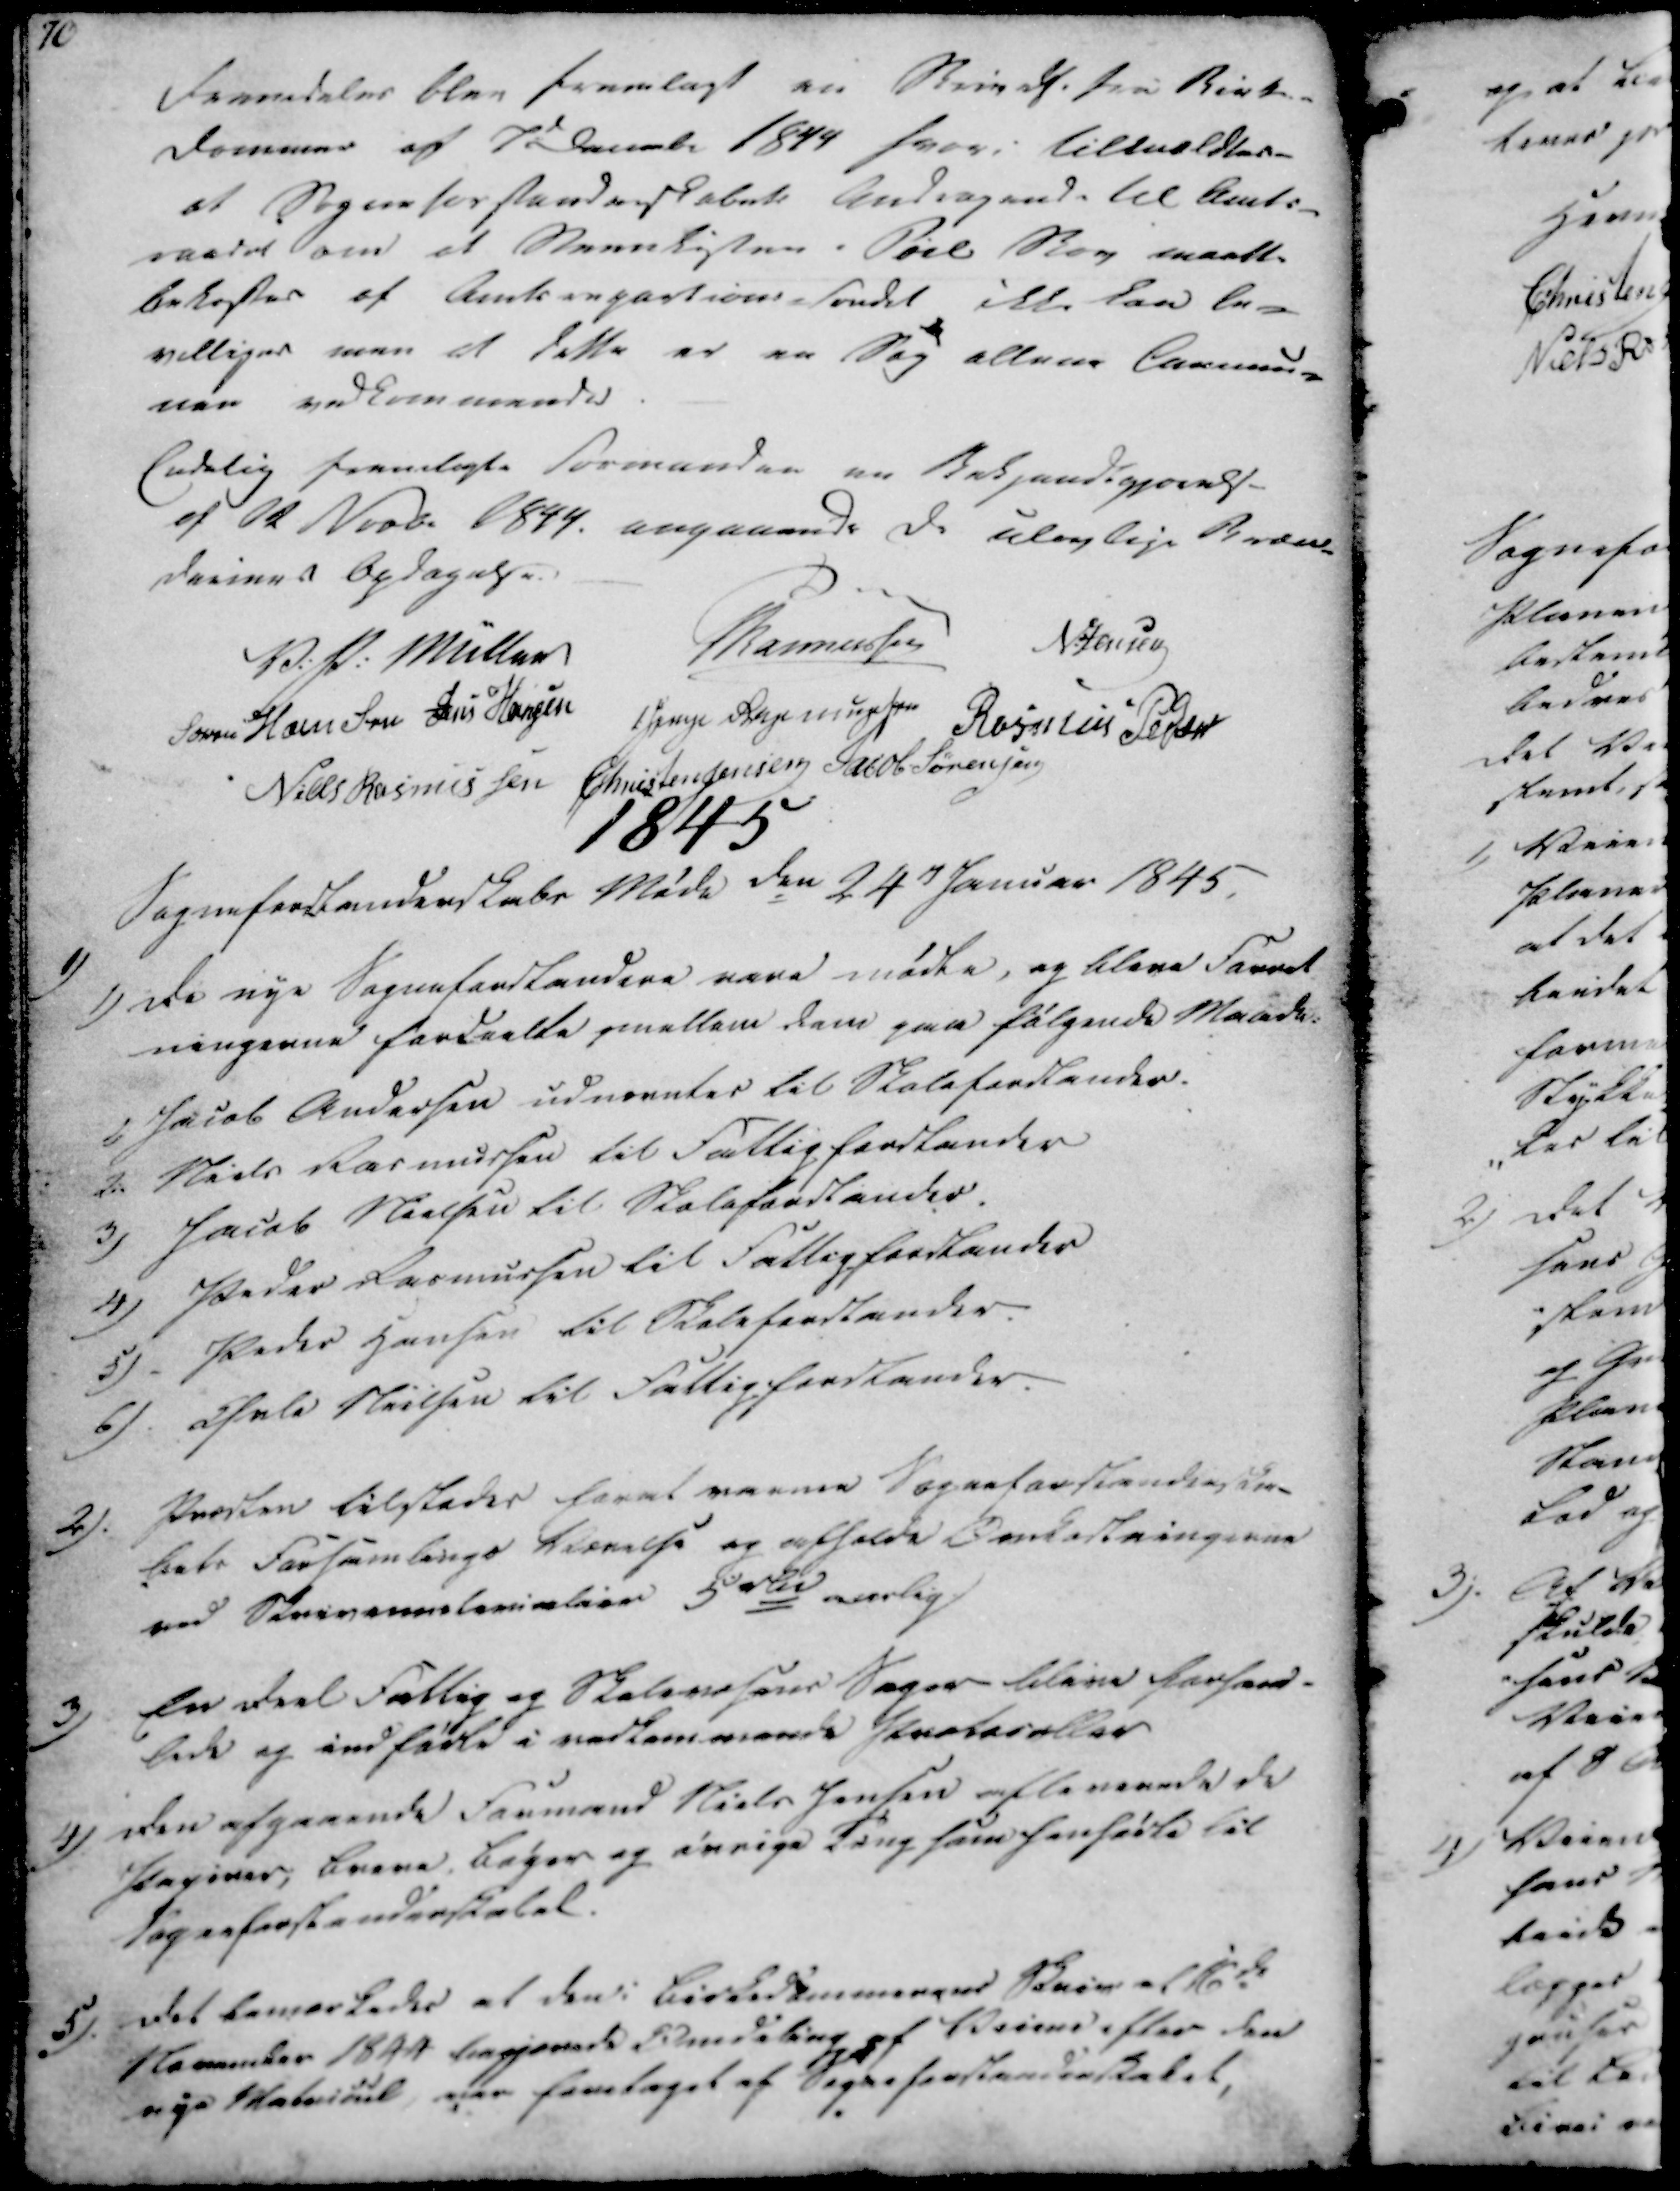
Transskription:
Fremdeles blev fremlagt en Skrivelse fra Birke-
dommer af 7d Decembr 1844 hvori tilmeldtes-
at Sogneforstanderskabets Andragende til Amts-
raadet om et Steenkisten i Pøel Skov maatte
bekostes af Amtsrepartions-fondet ikke kan be-
villiges men at dette er en Sag allene Commu-
nen vedkommende.

Endelig fremlagte Formanden en Bekjendtgjørelse
af 12 Novb. 1844. angaaende de ulovlige Bræn-
devines Opdagelse.

V. P. Müller
Rasmussen
N. Jensen
Søren Hansen
Jens Hansen
Senge Rasmussen
Rasmus Peder
Niels Rasmussen
Christen Jensen
Jacob Sørensen

1845:

Sogneforstanderskabs Møde den 24de Januar 1845.

1)

1)

De nye Sogneforstandere vare mødte, og bleve Forret
ningerne fordeelte mellem dem paa følgende Maade:

1)
2.
3)
4)
5)
6)

Jacob Andersen udnævntes til Skoleforstander.
Niels Rasmussen til Fattigforstander
Jacob Nielsen til Skoleforstander.
Peder Rasmussen til Fattigforstander
Peder Hansen til Skoleforstander.
Øvle Nielsen til Fattigforstander.

2).

Præsten tilstedes for at varme Sogneforstanderska-
bets Forsamlings Værelse og afholde Omkostningerne
ved Skriverelemiation 5rd aarlig.

3)

En deel Fattig og Skolevæsens Sager blive forhan-
lede og indførte i vedkommende Protocoller

4).

Den afgaaende Formand Niels Jensen afleverede de
Papirer, Breve, Bøger og øvrige Ting som henførte til
Sogneforstanderskabet.

5).

Det bemærkedes at den i Birkedommernes Skriv af 16de
November 1844 begjærede Omdeling af Veiene efter den
nye Matricul, der foretaget af Sogneforstanderskabet,